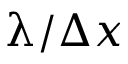
\uplambda / \Delta x